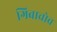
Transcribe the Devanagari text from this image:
गिबाचोव